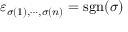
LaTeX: \varepsilon _ { \sigma ( 1 ) , \cdots , \sigma ( n ) } = \operatorname { s g n } ( \sigma )